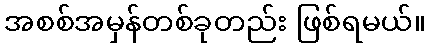
အစစ်အမှန်တစ်ခုတည်း ဖြစ်ရမယ်။